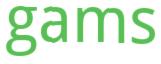
gams